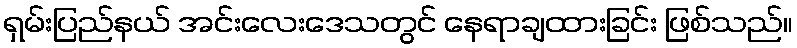
ရှမ်းပြည်နယ် အင်းလေးဒေသတွင် နေရာချထားခြင်း ဖြစ်သည်။